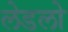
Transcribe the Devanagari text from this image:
लेडलो